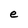
Character: e